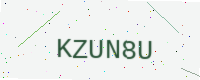
Text: KZUN8U